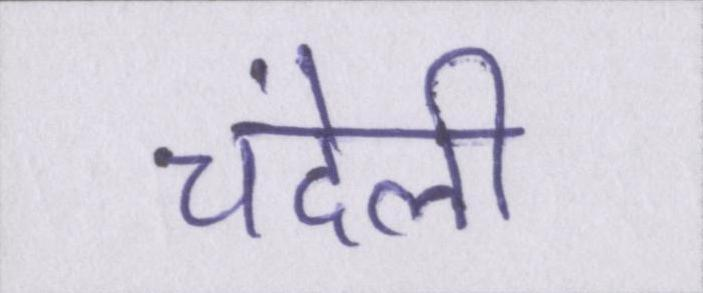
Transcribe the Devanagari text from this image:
चंदेली